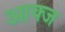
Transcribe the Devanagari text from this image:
आक्ज